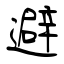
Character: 避